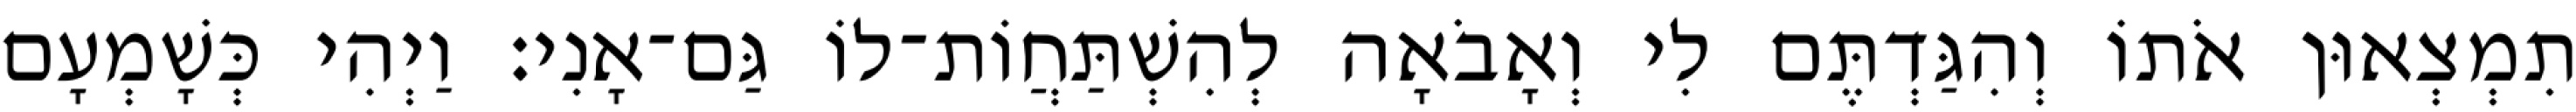
תִמְצְאוּן אֹתוֹ וְהִגַּדְתֶּם לִי וְאָבֹאָה לְהִשְׁתַּחֲוֹת־לוֹ גַּם־אָנִי׃ וַיְהִי כְּשָׁמְעָם